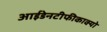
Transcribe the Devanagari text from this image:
आईडेनटीफीकाक्यो